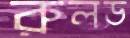
রুলড